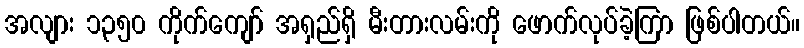
အလျား ၁၃၅၀ ကိုက်ကျော် အရှည်ရှိ မီးတားလမ်းကို ဖောက်လုပ်ခဲ့ကြာ ဖြစ်ပါတယ်။